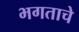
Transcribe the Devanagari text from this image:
भगताचे